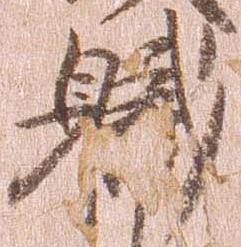
職